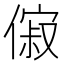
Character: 𬿟